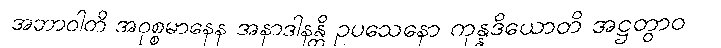
အဘာဝါတိ အဝုစ္စမာနေန အနာဒါနန္တိ ဥပသေနော ကုန္နဒိယောတိ အဋ္ဌတွာဝ